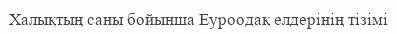
Халықтың саны бойынша Еуроодақ елдерінің тізімі